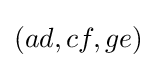
(ad,cf,ge)